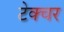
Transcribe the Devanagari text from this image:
टेक्चर